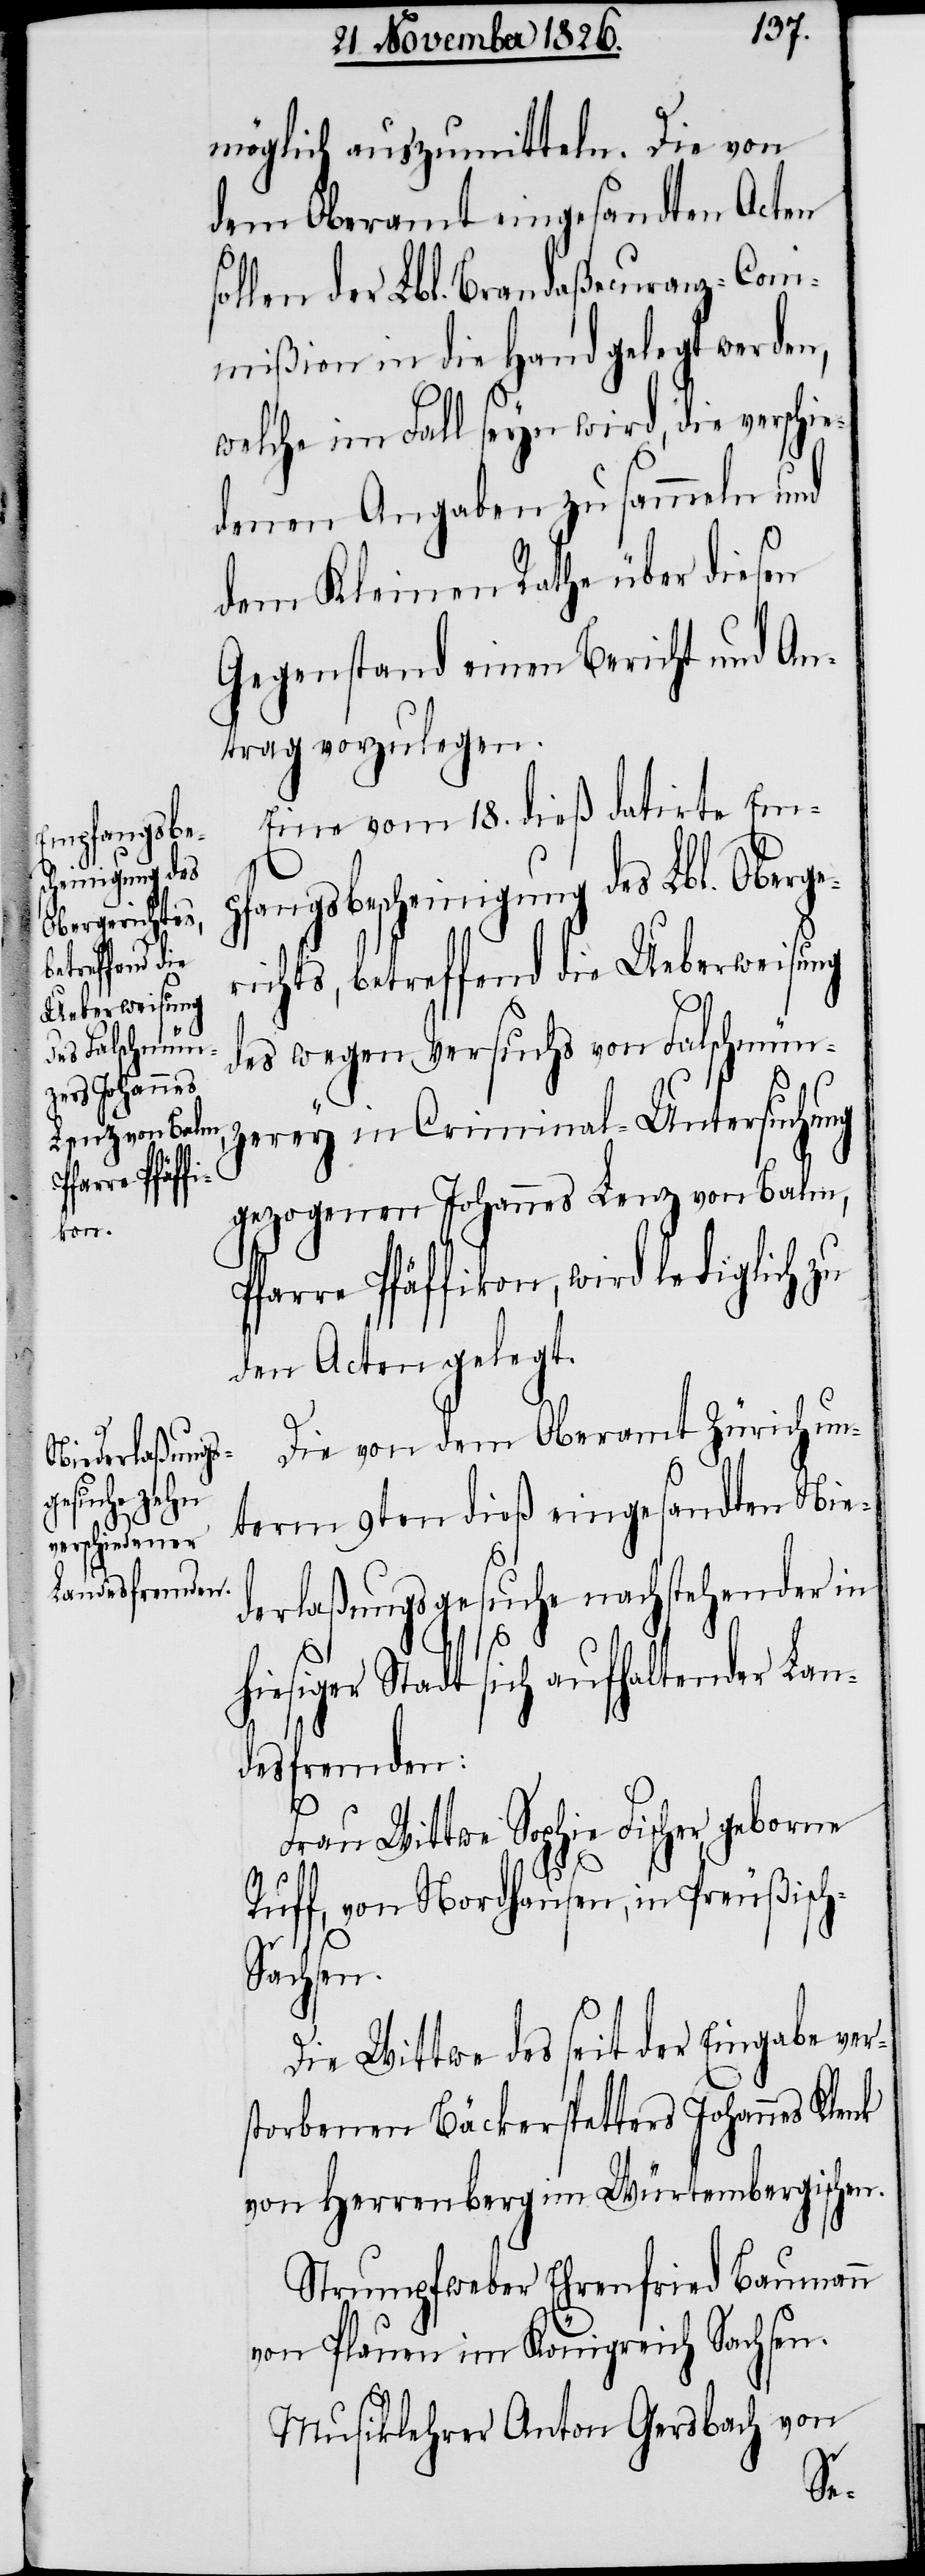
mpfangsbe¬
scheinigung des
Obergerichts,
betreffend die
Ueberweisung

möglich auszumitteln. Die von
dem Oberamt eingesandten Acten
len der Lbl. Brandaßecuranz-Com¬
mißion in die Hand gelegt werden,
welche im Fall seyn wird, die verschi¬
denen Angaben zu sammeln und
dem Kleinen Rathe über diesen
Gegenstand einen Bericht und An¬
trag vorzulegen.
Eine vom 18. dieß datirte E¬
des wegen Versuchs von Falschmün¬
zerey in Criminal-Untersuchung
gezogenen Johannes Lenz von Balm,
Päffikon, wird lediglich zu
den Acten gelegt.
Die von dem Oberamt Zürich un¬
term 9ten dieß eingesandten Nie¬
derlaßungsgesuche nachstehender in
hiesiger Stadt sich aufhaltender Lan¬
desfremden:
Frau Wittwe Sophie Fischer geborne
Ruff, von Nordhausen, in Preußisc¬
h-Sachsen.
Die Wittwe des seit der Eingabe ver¬
storbenen Bäckerspetters Johannes Klenk
von Herrenberg im Würtembergischen.
Strumpfweber Ehrenfried Baumann
von Plauen im Königreich Sachsen.
Musiklehrer Anton Gersbach von
e¬